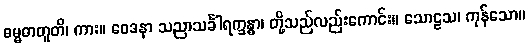
ဓမ္မဓာတူတိ၊ ကား။ ဝေဒနာ သညာသင်္ခါရက္ခန္ဓာ၊ တို့သည်လည်းကောင်း။ သောဠသ၊ ကုန်သော။